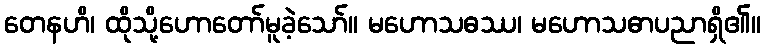
တေနဟိ၊ ထိုသို့ဟောတော်မူခဲ့သော်။ မဟောသဓဿ၊ မဟောသဓာပညာရှိ၏။